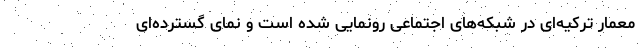
معمار ترکیه‌ای در شبکه‌های اجتماعی رونمایی شده است و نمای گسترده‌ای